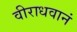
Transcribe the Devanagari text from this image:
वीराधवानं